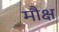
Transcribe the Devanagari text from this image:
मौक्ष